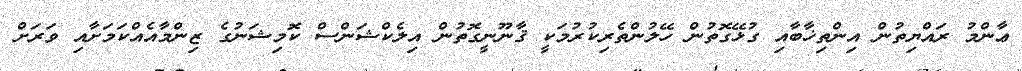
ޢާންމު ރައްޔިތުން އިންތިޚާބާއި ގުޅޭގޮތުން ހޭލުންތެރިކުރުމަކީ ޤާނޫނީގޮތުން އިލެކްޝަންސް ކޮމިޝަނުގެ ޒިންމާއެއްކަމަށާއި ވަރަށް